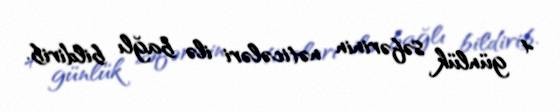
4 günlük səfərinin nəticələri ilə bağlı bildirib.